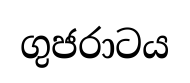
ගුජරාටය